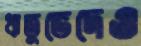
ঋতুভেদেও